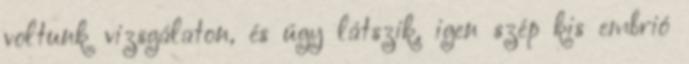
voltunk vizsgálaton, és úgy látszik, igen szép kis embrió